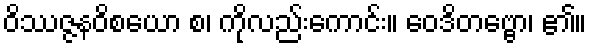
ဝိဿဇ္ဇနဝိစယော စ၊ ကိုလည်းကောင်း။ ဝေဒိတဗ္ဗော၊ ၏။